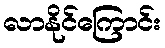
လာနိုင်ကြောင်း